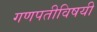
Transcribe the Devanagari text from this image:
गणपतीविषयी